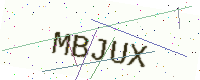
Text: MBJUX